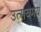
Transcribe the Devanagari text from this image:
उत्सवमय